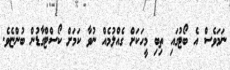
ނަމަވެސް އެ ބޯޓުގައި ތިބި މީހަކަށް ގެއްލުމެއް ނުވާ ކަމަށް ކޯސްޓްގާޑުން ބުންޏެވެ.